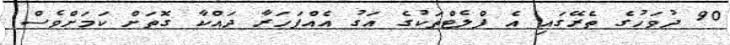
90 ދުވަހުގެ ތެރޭގައި އެ ފްލެޓްތަކުގެ އަގު އެއްފަހަރާ ދައްކާ ގޮތަށް ކަަމަށްވެސް